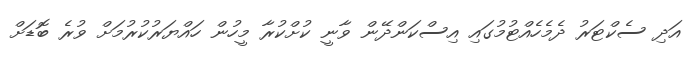
އަދި ސެކްޓަރު ދެމެހެއްޓުމުގައި އިސްކަންދޭން ވާނީ ކުށްކުރާ މީހުން ހައްޔަރުކުރުމަށް ވުރެ ބޮޑަށް